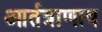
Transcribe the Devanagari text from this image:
आर्तत्राणाय